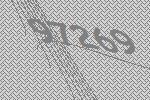
97269